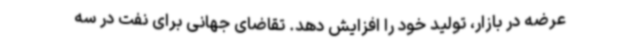
عرضه در بازار، تولید خود را افزایش دهد. تقاضای جهانی برای نفت در سه